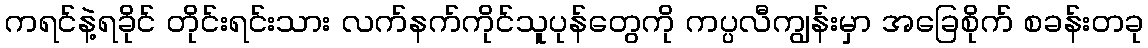
ကရင်နဲ့ရခိုင် တိုင်းရင်းသား လက်နက်ကိုင်သူပုန်တွေကို ကပ္ပလီကျွန်းမှာ အခြေစိုက် စခန်းတခု